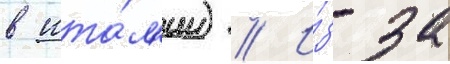
в ита́л'ии) // И́з-за